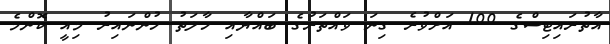
އާތުރައިޓިސްގެ 100 އަށްވުރެ ގިނަ ވައްތަރުގެ ބައްޔާއި ހާލަތު ހުންނައިރު މިއީ ކޮންމެ